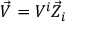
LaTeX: { \vec { V } } = V ^ { i } { \vec { Z } } _ { i }